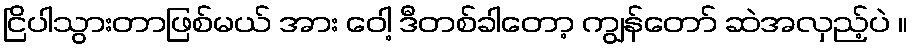
ငြိပါသွားတာဖြစ်မယ် အား ဝေါ့ ဒီတစ်ခါတော့ ကျွန်တော် ဆဲအလှည့်ပဲ ။